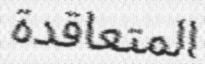
المتعاقدة